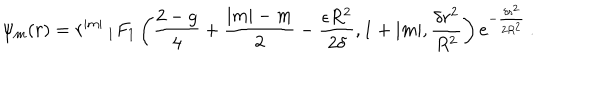
\psi _ { m } ( r ) = r ^ { | m | } \, _ { 1 } F _ { 1 } \left( { \frac { 2 - g } { 4 } } + { \frac { | m | - m } { 2 } } - { \frac { \epsilon R ^ { 2 } } { 2 \delta } } , 1 + | m | , { \frac { \delta r ^ { 2 } } { R ^ { 2 } } } \right) e ^ { - { \frac { \delta r ^ { 2 } } { 2 R ^ { 2 } } } } \, .